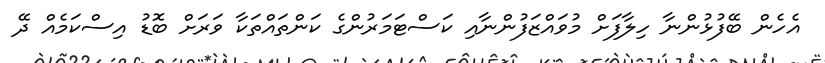
އެހެން ބޭފުޅުންނާ ހިލާފަށް މުވައްޒަފުންނާއި ކަސްޓަމަރުންގެ ކަންތައްތަކާ ވަރަށް ބޮޑު އިސްކަމެއް ދޭ